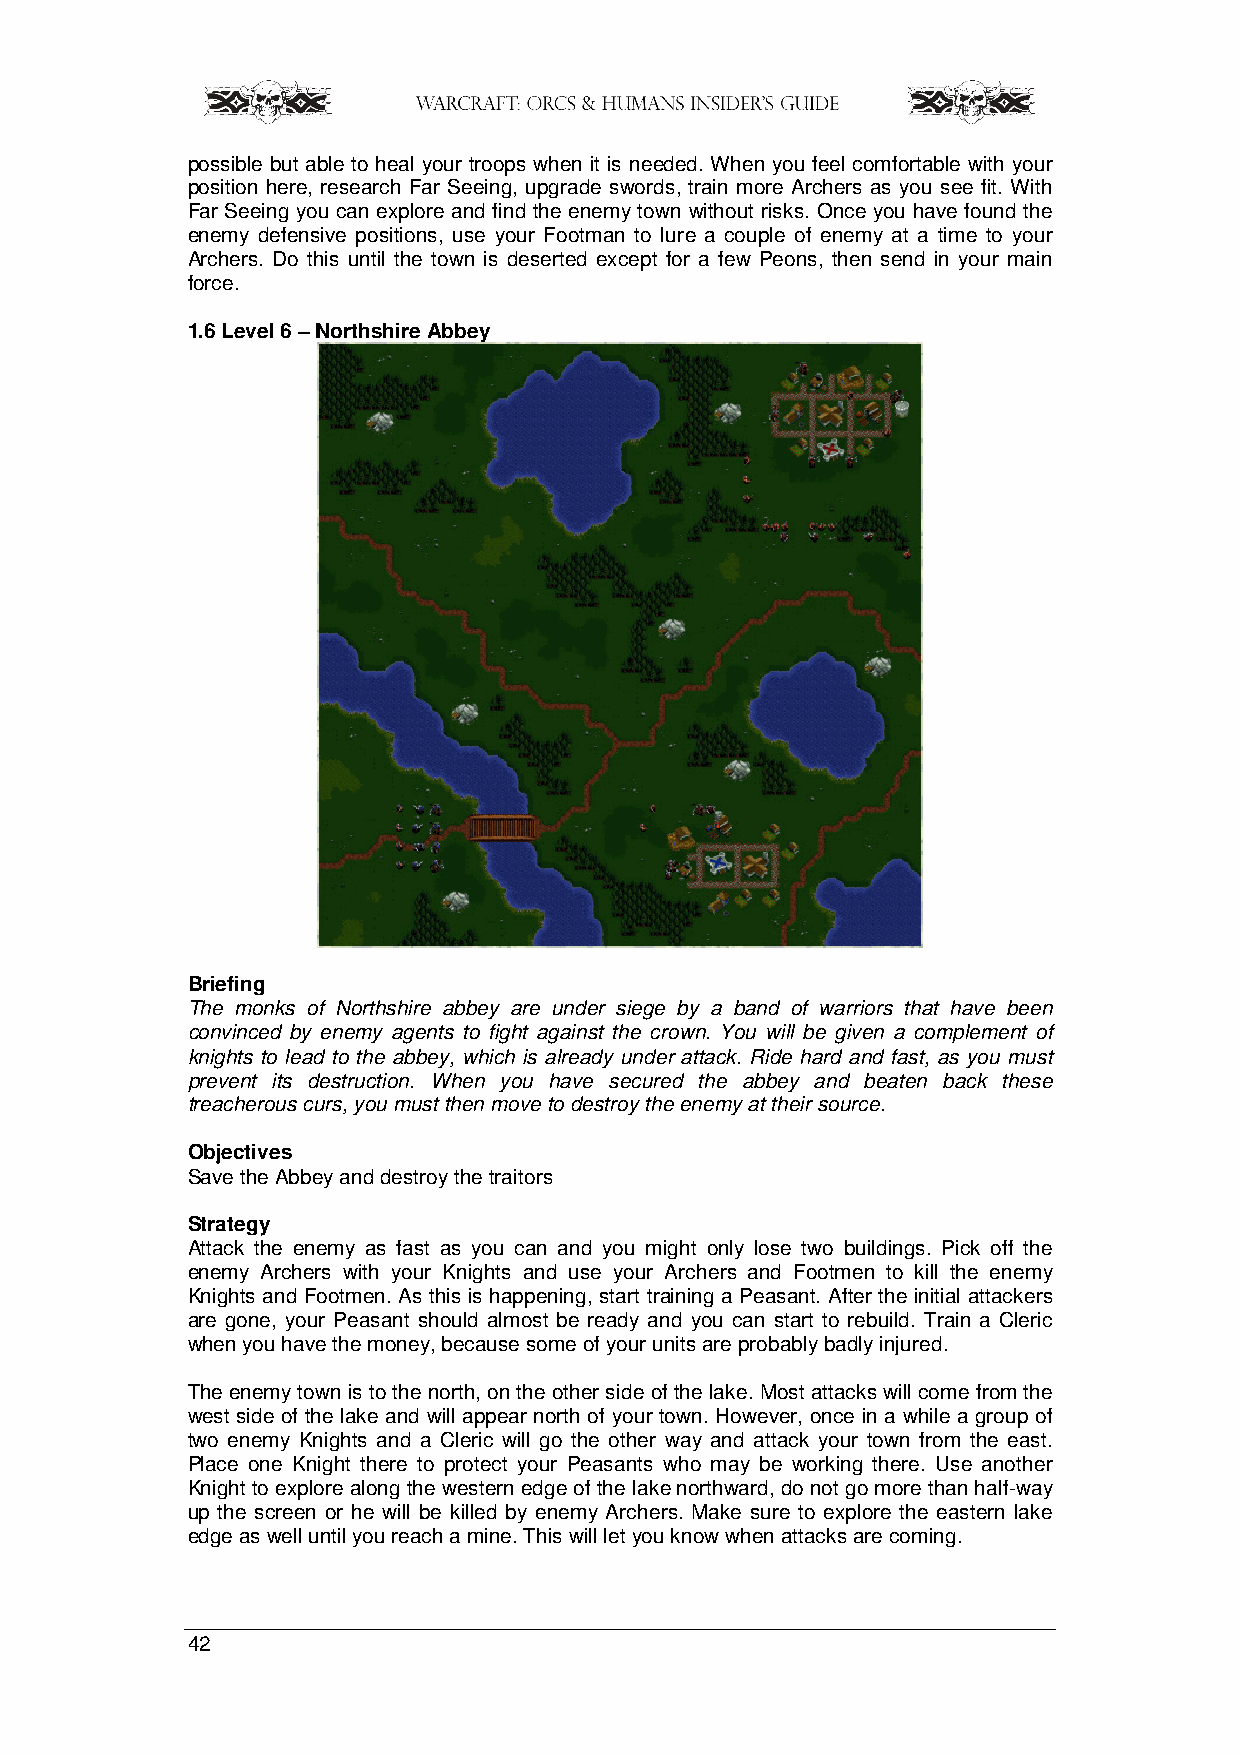
possible but able to heal your troops when it is needed. When you feel comfortable with your
 position here, research Far Seeing, upgrade swords, train more Archers as you see fit. With
 Far Seeing you can explore and find the enemy town without risks. Once you have found the
 enemy defensive positions, use your Footman to lure a couple of enemy at a time to your
 Archers. Do this until the town is deserted except for a few Peons, then send in your main
 force.
 1.6 Level 6 – Northshire Abbey
 Briefing
 The monks of Northshire abbey are under siege by a band of warriors that have been
 convinced by enemy agents to fight against the crown. You will be given a complement of
 knights to lead to the abbey, which is already under attack. Ride hard and fast, as you must
 prevent its destruction. When you have secured the abbey and beaten back these
 treacherous curs, you must then move to destroy the enemy at their source.
 Objectives
 Save the Abbey and destroy the traitors
 Strategy
 Attack the enemy as fast as you can and you might only lose two buildings. Pick off the
 enemy Archers with your Knights and use your Archers and Footmen to kill the enemy
 Knights and Footmen. As this is happening, start training a Peasant. After the initial attackers
 are gone, your Peasant should almost be ready and you can start to rebuild. Train a Cleric
 when you have the money, because some of your units are probably badly injured.
 The enemy town is to the north, on the other side of the lake. Most attacks will come from the
 west side of the lake and will appear north of your town. However, once in a while a group of
 two enemy Knights and a Cleric will go the other way and attack your town from the east.
 Place one Knight there to protect your Peasants who may be working there. Use another
 Knight to explore along the western edge of the lake northward, do not go more than half-way
 up the screen or he will be killed by enemy Archers. Make sure to explore the eastern lake
 edge as well until you reach a mine. This will let you know when attacks are coming.
 42